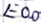
Text: E0.0